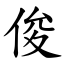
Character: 俊